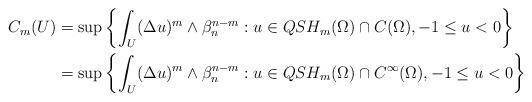
LaTeX: \begin{align*}\begin{aligned}C_m(U)&=\sup\left\{\int_{U}(\Delta u)^m\wedge\beta_n^{n-m}:u\in QSH_m(\Omega)\cap C(\Omega), -1\leq u<0\right\}\\&=\sup\left\{\int_{U}(\Delta u)^m\wedge\beta_n^{n-m}:u\in QSH_m(\Omega)\cap C^{\infty}(\Omega), -1\leq u<0\right\}\end{aligned}\end{align*}